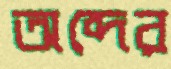
অব্দের